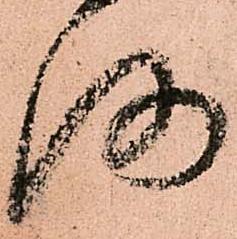
仍